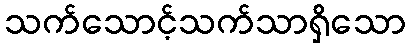
သက်သောင့်သက်သာရှိသော